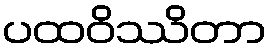
ပထဝိဿိတာ